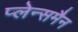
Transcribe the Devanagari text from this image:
प्लेन्समैन